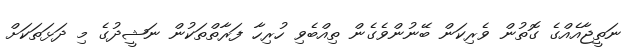
ނަތީޖާއެއްގެ ގޮތުން ވެރިކަން ބޭނުންވެގެން ތިއްބެވި ހުރިހާ ފަރާތްތަކުން ނަޝީދުގެ މި ދަޅަތަކަށް